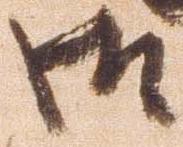
御